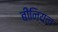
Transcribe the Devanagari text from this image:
बींनियल